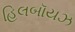
હિલબૉયઝ